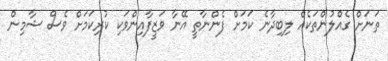
ތަނަށް ގެއްލުންތަކެއް ލިބިދާނެ ކަމަށް ފެންނާތީ އޭނާ ވަޒީފާއިންވަކި ކުރިކަމަށް ވެސް ޝާމިން